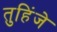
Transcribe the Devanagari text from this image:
तुहिंजे